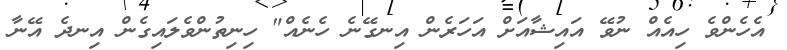
އެހެންވެ ހިއެއް ނުވޭ އައިޝާއަށް އަހަރެން އިނގޭނެ ހެނެއް" ހިނިތުންވެލައިގެން އިނދެ އޭނާ